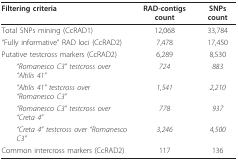
<table><thead><tr><td><b>Filtering criteria</b></td><td><b>RAD-contigs count</b></td><td><b>SNPs count</b></td></tr></thead><tbody><tr><td>Total SNPs mining (CcRAD1)</td><td>12,068</td><td>33,784</td></tr><tr><td>&quot;Fully informative&quot; RAD loci (CcRAD2)</td><td>7,478</td><td>17,450</td></tr><tr><td>Putative testcross markers (CcRAD2)</td><td>6,289</td><td>8,530</td></tr><tr><td> <i>&quot;Romanesco C3&quot; testcross over &quot;Altilis 41&quot;</i></td><td><i>724</i></td><td><i>883</i></td></tr><tr><td> <i>&quot;Altilis 41&quot; testcross over &quot;Romanesco C3&quot;</i></td><td><i>1,541</i></td><td><i>2,210</i></td></tr><tr><td> <i>&quot;Romanesco C3&quot; testcross over &quot;Creta 4&quot;</i></td><td><i>778</i></td><td><i>937</i></td></tr><tr><td> <i>&quot;Creta 4&quot; testcross over &quot;Romanesco C3&quot;</i></td><td><i>3,246</i></td><td><i>4,500</i></td></tr><tr><td>Common intercross markers (CcRAD2)</td><td>117</td><td>136</td></tr></tbody></table>